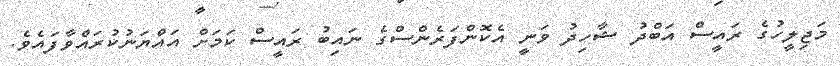
މަޖިލީހުގެ ރައީސް އަބްދު ޝާހިދު ވަނީ އެކޮންފަރެންސްގެ ނައިބު ރައީސް ކަމަށް އައްޔަނުކުރައްވާފައެވެ.